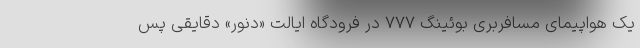
یک هواپیمای مسافربری بوئینگ ۷۷۷ در فرودگاه ایالت «دنور» دقایقی پس